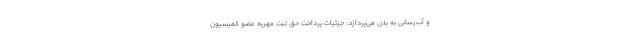
و آب‌رسانی به بدن می‌پردازد. جزئیات پرداخت حق ثبت مهریه عضو کمیسیون